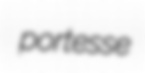
portesse